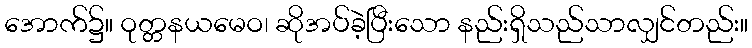
အောက်၌။ ဝုတ္တနယမေဝ၊ ဆိုအပ်ခဲ့ပြီးသော နည်းရှိသည်သာလျှင်တည်း။